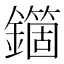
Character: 𨮱